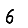
Digit: 6